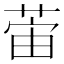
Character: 𫈛